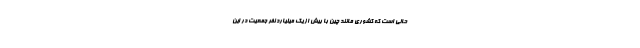
حالی است که کشوری مانند چین با بیش از یک میلیارد نفر جمعیت در این